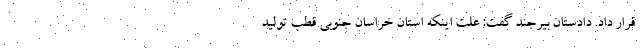
قرار داد. دادستان بیرجند گفت: علت اینکه استان خراسان جنوبی قطب تولید